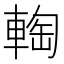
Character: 𨌨